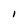
Character: 1